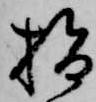
指